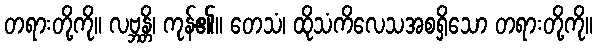
တရားတို့ကို။ လဗ္ဘန္တိ၊ ကုန်၏။ တေသံ၊ ထိုသံကိလေသအစရှိသော တရားတို့ကို။